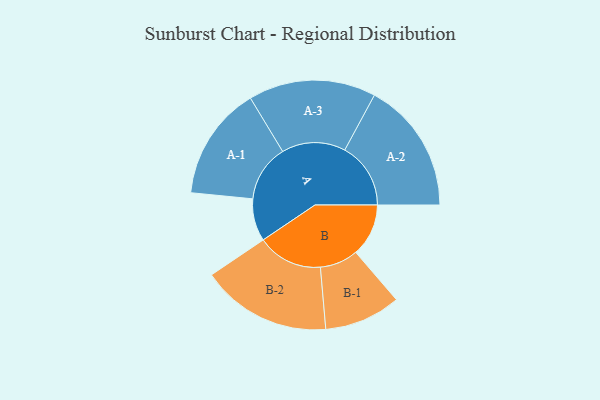
{"axis": {"x": "Segment", "y": "Value"}, "legend": ["", "A", "B"], "data": [{"x": "A", "y": 193, "type": ""}, {"x": "B", "y": 240, "type": ""}, {"x": "A-1", "y": 259, "type": "A"}, {"x": "A-2", "y": 300, "type": "A"}, {"x": "A-3", "y": 290, "type": "A"}, {"x": "B-1", "y": 174, "type": "B"}, {"x": "B-2", "y": 297, "type": "B"}]}